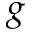
g